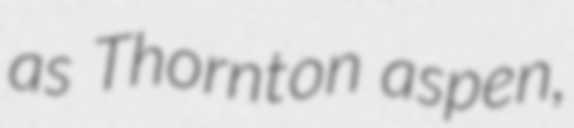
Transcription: as Thornton aspen,